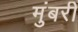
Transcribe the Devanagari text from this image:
मुंबरी